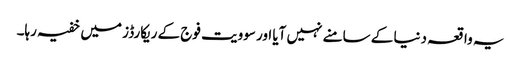
یہ واقعہ دنیا کے سامنے نہیں آیا اور سوویت فوج کے ریکارڈز میں خفیہ رہا۔